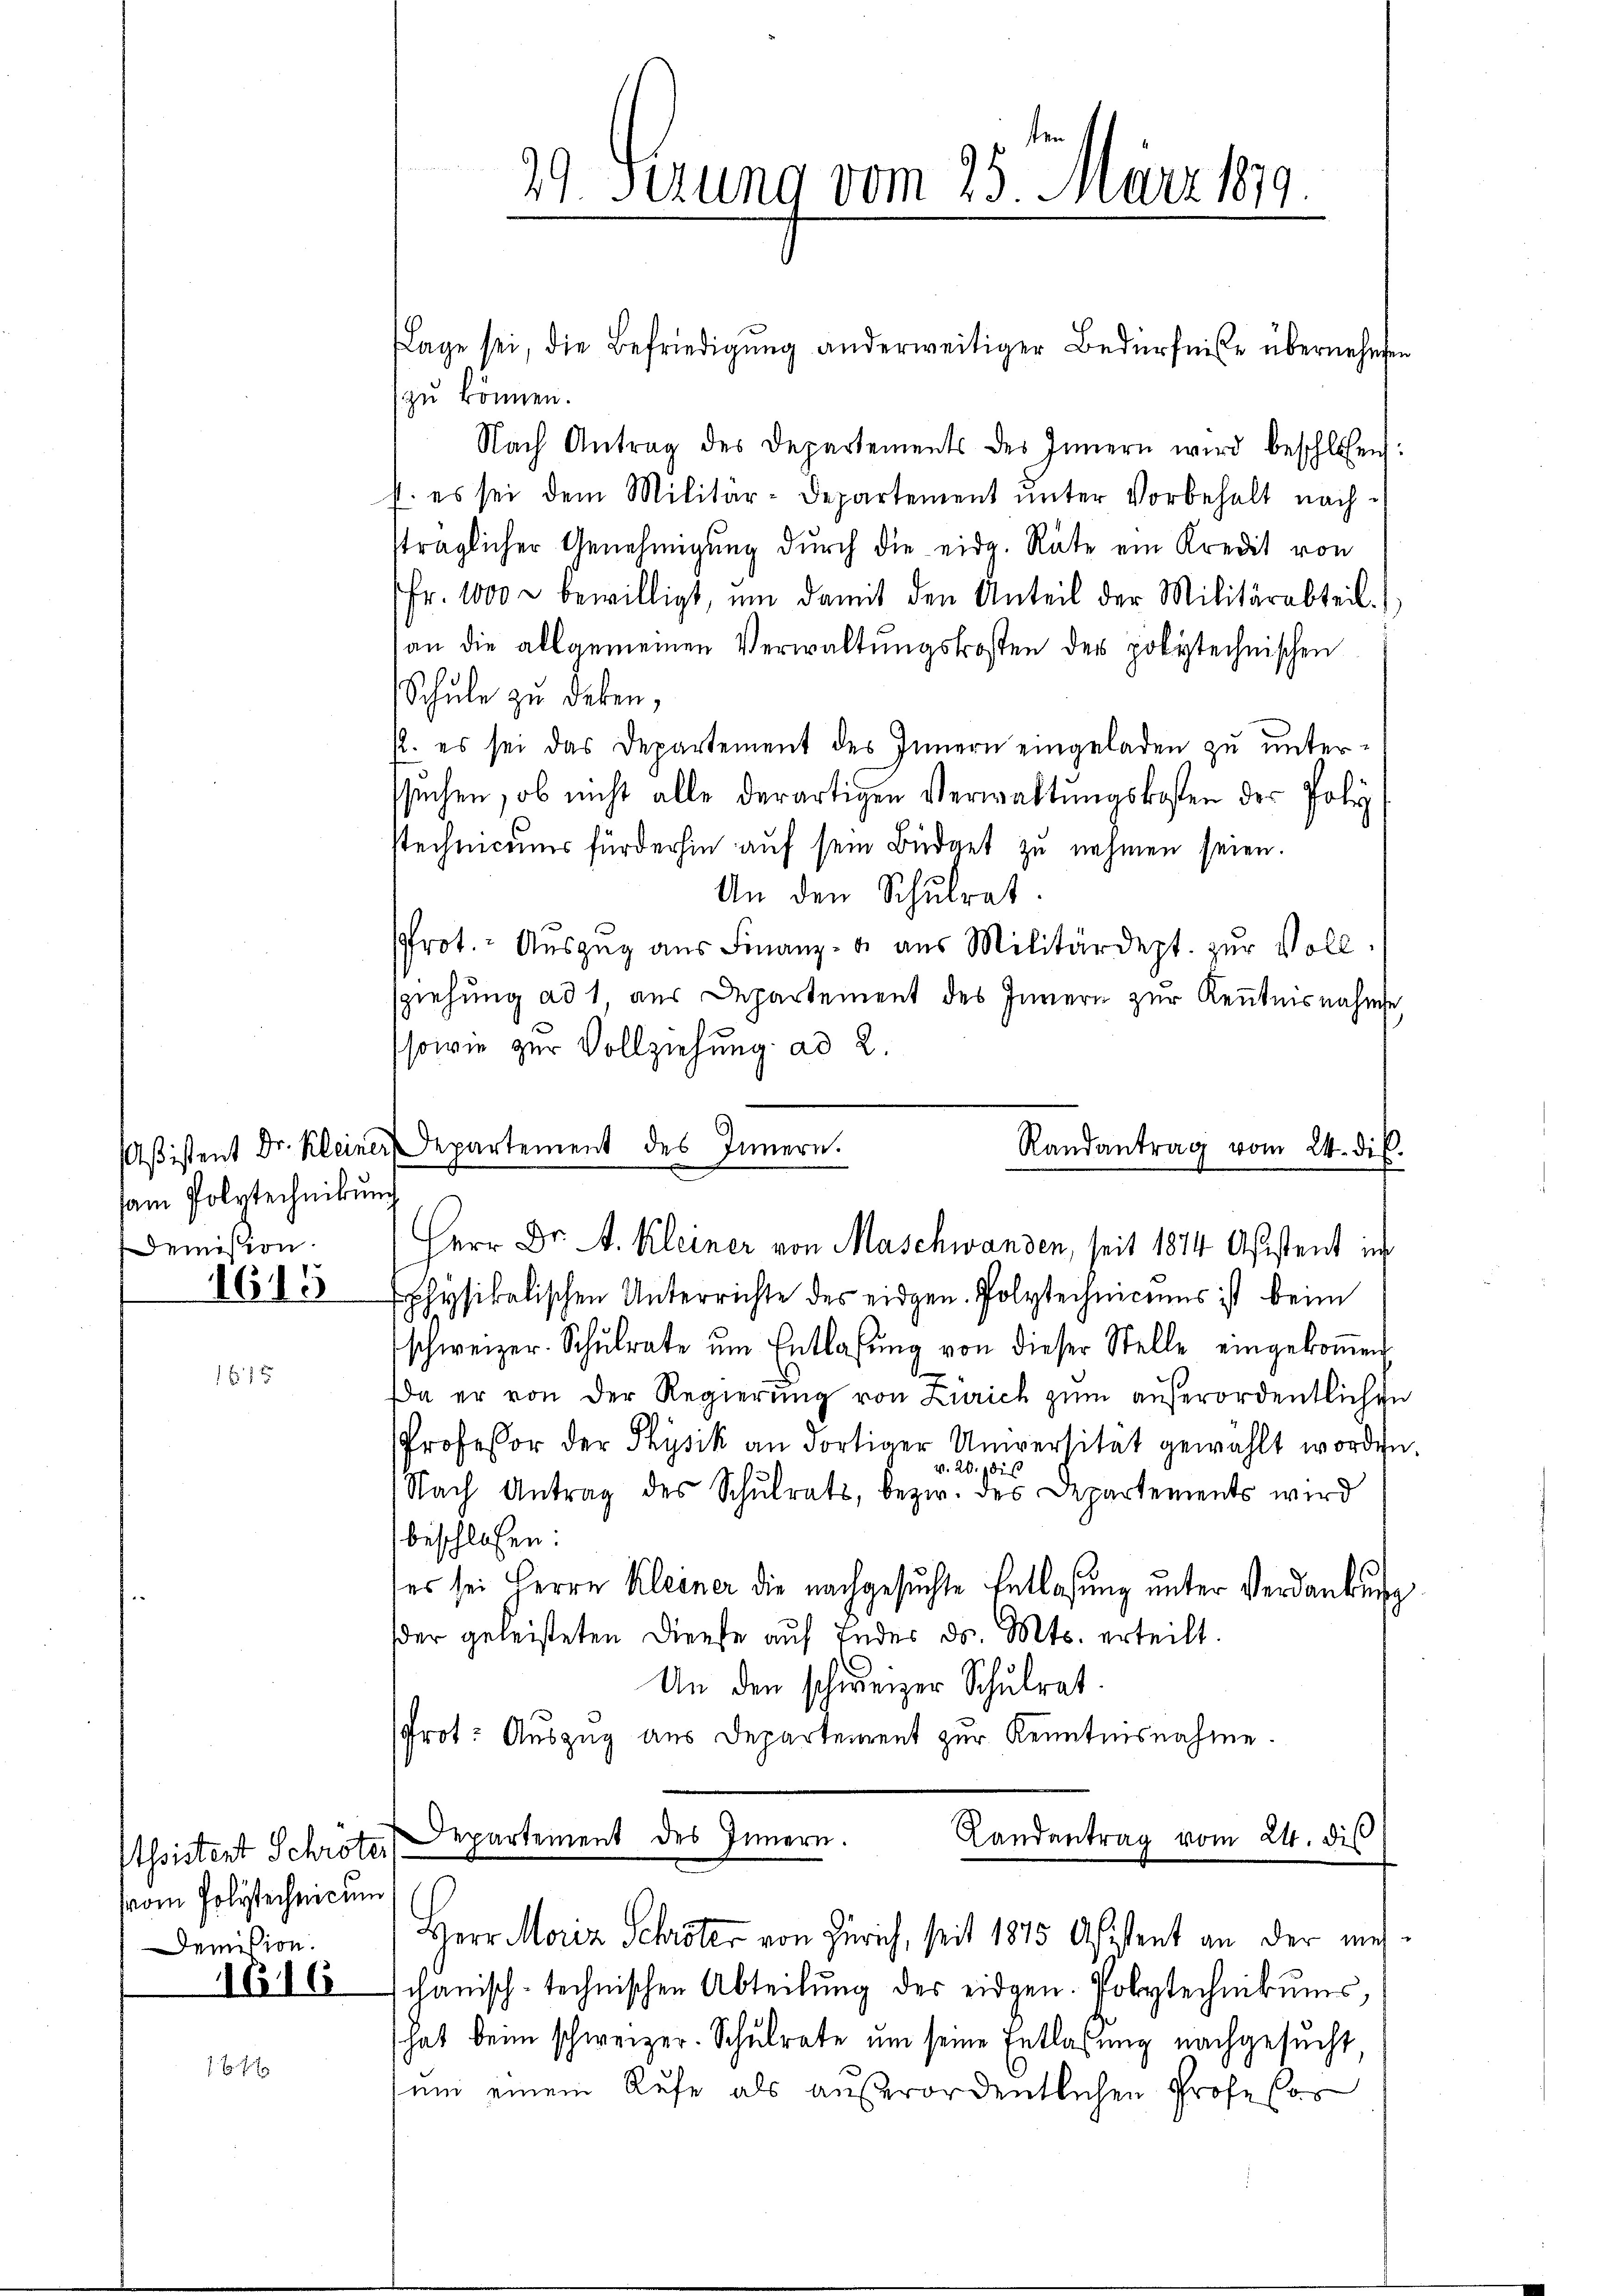
am Polytechnikung
Demission.

1615

Assistent Schröter,
vom Polytechnicum
Demision.

1616

29 Serung vom 25. März 1879.

Lage sei, die Befriedigŭng anderweitiger Bedürfniße übernehmen
zu können.
Nach Antrag des Departements des Innern wird beschlossen:
p. es sei dem Militär-Departement ŭnter Vorbehalt nachsträglicher Genehmigung durch die eidg. Räte ein Kredit von
Fr. 1000 u bewilligt, um damit den Anteil der Militärabteil.
an die allgemeinen Verwaltungskosten der polytechnischen
Schule zu deken,
p. es sei das Departement des Innern eingeladen zu unterssuchen, ob nicht alle derartigen Verwaltungskosten der Poly
stechnices fürderhin auf sein Büdget zu nehmen seien.
An den Schŭlrat.
Prot. Auszug aus Finanz- u. aus Militärdept. zur Vollsziehung ad 1 aus Departement des Innern zur Kenntnisnahme
sowie zur Vollziehung ad 2
Aßistent Dr. Kleiner Departement des Innern.
physikalischen Unterrichte des eidgen. Polytechnicums ist beim
schweizer. Schŭlrate ŭm Entlasŭng von dieser Stelle eingekoṁen
a er von der Regierung von Zürich zum außerordentlichen
Professor der Physik an dortiger Universität gewählt worden
v. 20. die
Nach Antrag des Schŭlrats, bezw. des Departements wird
beschloßen:
es sei Herrn Kleiner die nachgesuchte Entlaßung unter Verdankung
der geleisteten Dienste auf Inder ds. Mts. erteilt.
An den schweizer Schulrat.
Prot. Auszug aus Departement zur Kenntnisnahme.
Departement des Innern.
Landantrag vom 24. dis
Herr Moriz Schröter von Zürich, seit 1815 Afftent an der mehchanisch-technischen Abteilŭng des eidgen. Polytechnikums,
hat denn schweizer. Schŭlrate ŭm seine Entlassŭng nachgesucht
um einem Rufe als außerordentlichen Profesor

Randantrag vom 24. dir.
Herr Dr. A. Kleiner von Maschwanden, seit 1874 Aßistent in